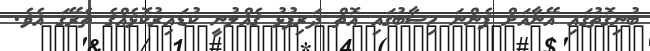
ބުނިގޮތުގައި އޭނާއަށް ފެންނަ ހިސާބުގައި އޮތް ދަރިފުޅު ގެއްލުނީ ކުޑައިރުކޮޅެއްގެ ތެރޭގަ އެވެ.